Medical and sanitary report of the native army of Bengal for the year
Year: 1874
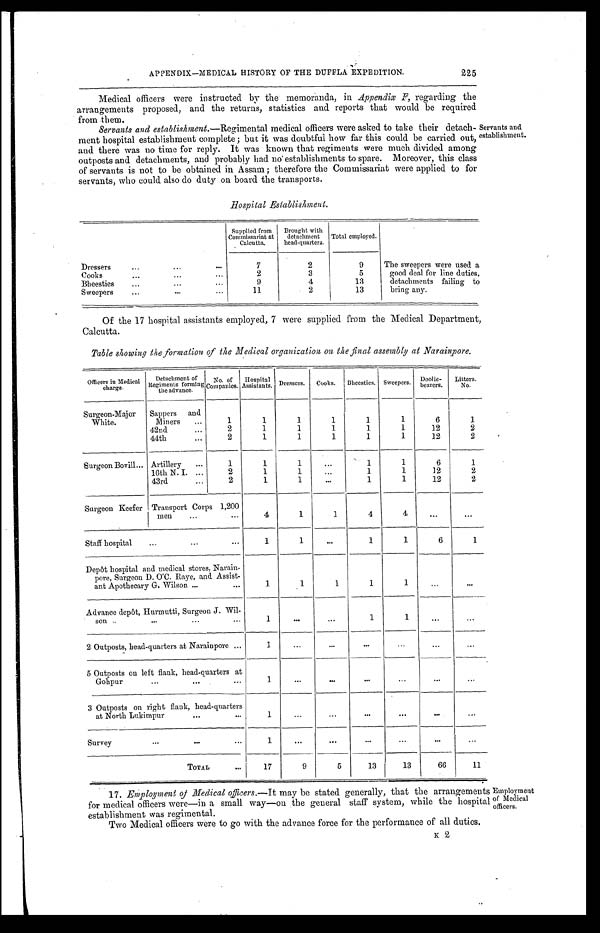
APPENDIX—MEDICAL HISTORY OF THE DUFFLA EXPEDITION.
225
Medical officers were instructed by the memoranda, in Appendix F, regarding the
arrangements proposed, and the returns, statistics and reports that would be require
d from them.
Servants and establishment. —Regimental medical officers were asked to take their detach
-ment hospital establishment complete; but it was doubtful how far this could be carried out,
and there was no time for reply. It was known that regiments were much divided among
outposts and detachments, and probably had no establishments to spare. Moreover, this class
of servants is not to be obtained in Assam; therefore the Commissariat were applied to for
servants, who could. also do duty on board the transports.
Hospital Establishment.
servants and
establishment.
Supplied from
Commissariat at
Calcutta.
Brought with
detachment
head-quarters.
Total employed.
Dressers
7
2
9
T h e s w e e p e r s w e r e u s e d a g o o d d e a l f o r l i n e d u t i e s , d e t a c h me n t s f a i l i n g t o b r i n g a n y .
Cooks
2
3
5
Bheesties
9
4
1 3
Sweepers
1 1
2
1 3
Of the 17 hospital assistants employed, 7 were supplied from the Medical Department,
Calcutta.
Table showing the formation of the Medical organization on the final assembly at Narainpore.
O f f i c e r s i n M e d i c a l c h a r g e .
D e t a c h m e n t o f R e g i m e n t s f o r m i n g t h e a d v a n c e .
N o . o f C o m p a n i e s .
H o s p i t a l A s s i s t a n t s .
D r e s s e r s .
C o o k s .
B h e e s t i c s .
S w e e p e r s .
D o o l i e - b e a r e r s .
L i t t e r s . N o .
Surgeon-Major
White.
Sappers and
Miners
1
1
1
1
1
1
6
1
42nd
2
1
1
1
1
1
12
2
44th
2
1
1
1
1
1
12
2
Surgeon Bovill
Artillery
1
1
1
. . .
1
1
6
1
16th N. I.
2
1
1
. . . 1
1
12
2
43rd
2
1
1
. . .
1
1
12
2
Surgeon Keefer Transport Corps 1,200
men
4
1
1
4
4
...
...
Staff hospital
1
1
...
1
1
6
1
Depôt hospital and medical stores, Narain-
pore, Surgeon D. O'C.Raye, and Assist-
ant Apothecary G. Wilson
1
1
1
1
1
. . .
. . .
Advance depôt, Hurmutti Surgeon J. Wil-
son
1
. . .
. . .
1
1
. . .
. . .
2 Outposts, head-quarters at Narainpore
1
...
...
...
. . .
. . .
. . .
5 Outposts on left flank, head-quarters at
Gohpur
1
...
...
...
. . . ...
...
3 Outposts on right flank, head-quarters
at North Lukimpur
1
...
...
...
. . .
. . .
. . .
Survey
1
...
. . .
. . . ...
...
...
TOTAL
17
9
5
13
13
66
11
17. Employment of Medical officers.—It may be stated generally, that the arrangements
for medical officers were—in a small way—on the general staff system, while the hospital
establishment was regimental.
Two Medical officers were to go with the advance force for the performance of all duties.
K 2
Employment
of Medical
officers.